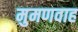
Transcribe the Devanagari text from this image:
मुमणवाह